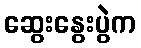
ဆွေးနွေးပွဲက